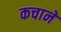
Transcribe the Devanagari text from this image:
कचाने